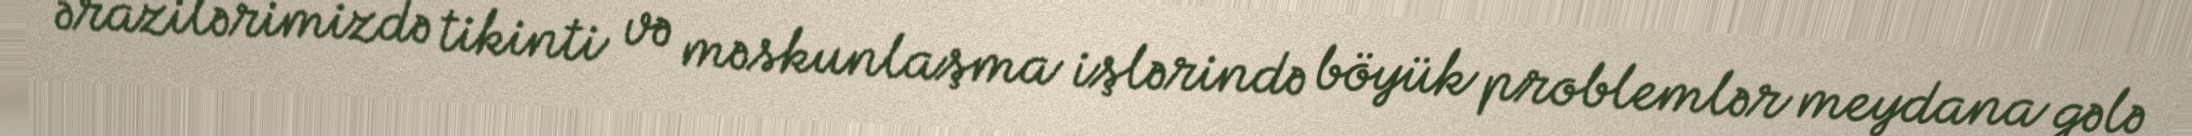
ərazilərimizdə tikinti və məskunlaşma işlərində böyük problemlər meydana gələ